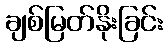
ချစ်မြတ်နိုးခြင်း